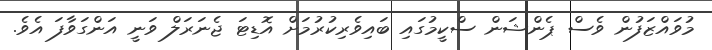
މުވައްޒަފުން ވެސް ޕެންޝަން ސްކީމުގައި ބައިވެރިކުރުމަށް އޮޑިޓަ ޖެނަރަލް ވަނީ އަންގަވާފަ އެވެ.